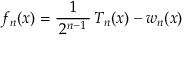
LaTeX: f _ { n } ( x ) = { \frac { 1 } { \, 2 ^ { n - 1 } \, } } \, T _ { n } ( x ) - w _ { n } ( x )